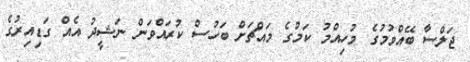
ޖަލްސާ ބޭއްވުމުގެ މުހިއްމު ކަމުގެ މައްޗަށް ބަހުސް ކުރައްވަން ނަޝީދު އެއް ގަޑިއިރުގެ